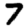
Digit: 7